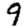
Digit: 9